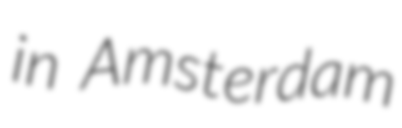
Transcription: in Amsterdam